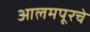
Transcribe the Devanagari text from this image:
आलमपूरचे